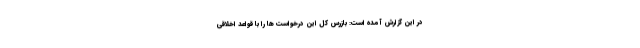
در این گزارش آمده است: بازرس کل این درخواست ها را با قواعد اخلاقی